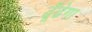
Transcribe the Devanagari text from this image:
ढूँढेगा